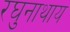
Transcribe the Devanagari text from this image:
रघुनाथाय